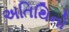
અતિથિનો